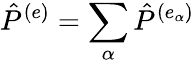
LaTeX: {\hat{P}}^{(e)}=\sum_{\alpha}{{\hat{P}}^{(e_{\alpha})}}